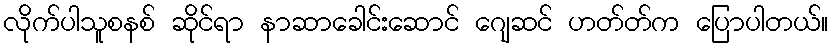
လိုက်ပါသူစနစ် ဆိုင်ရာ နာဆာခေါင်းဆောင် ဂျေဆင် ဟတ်တ်က ပြောပါတယ်။